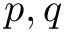
p , q